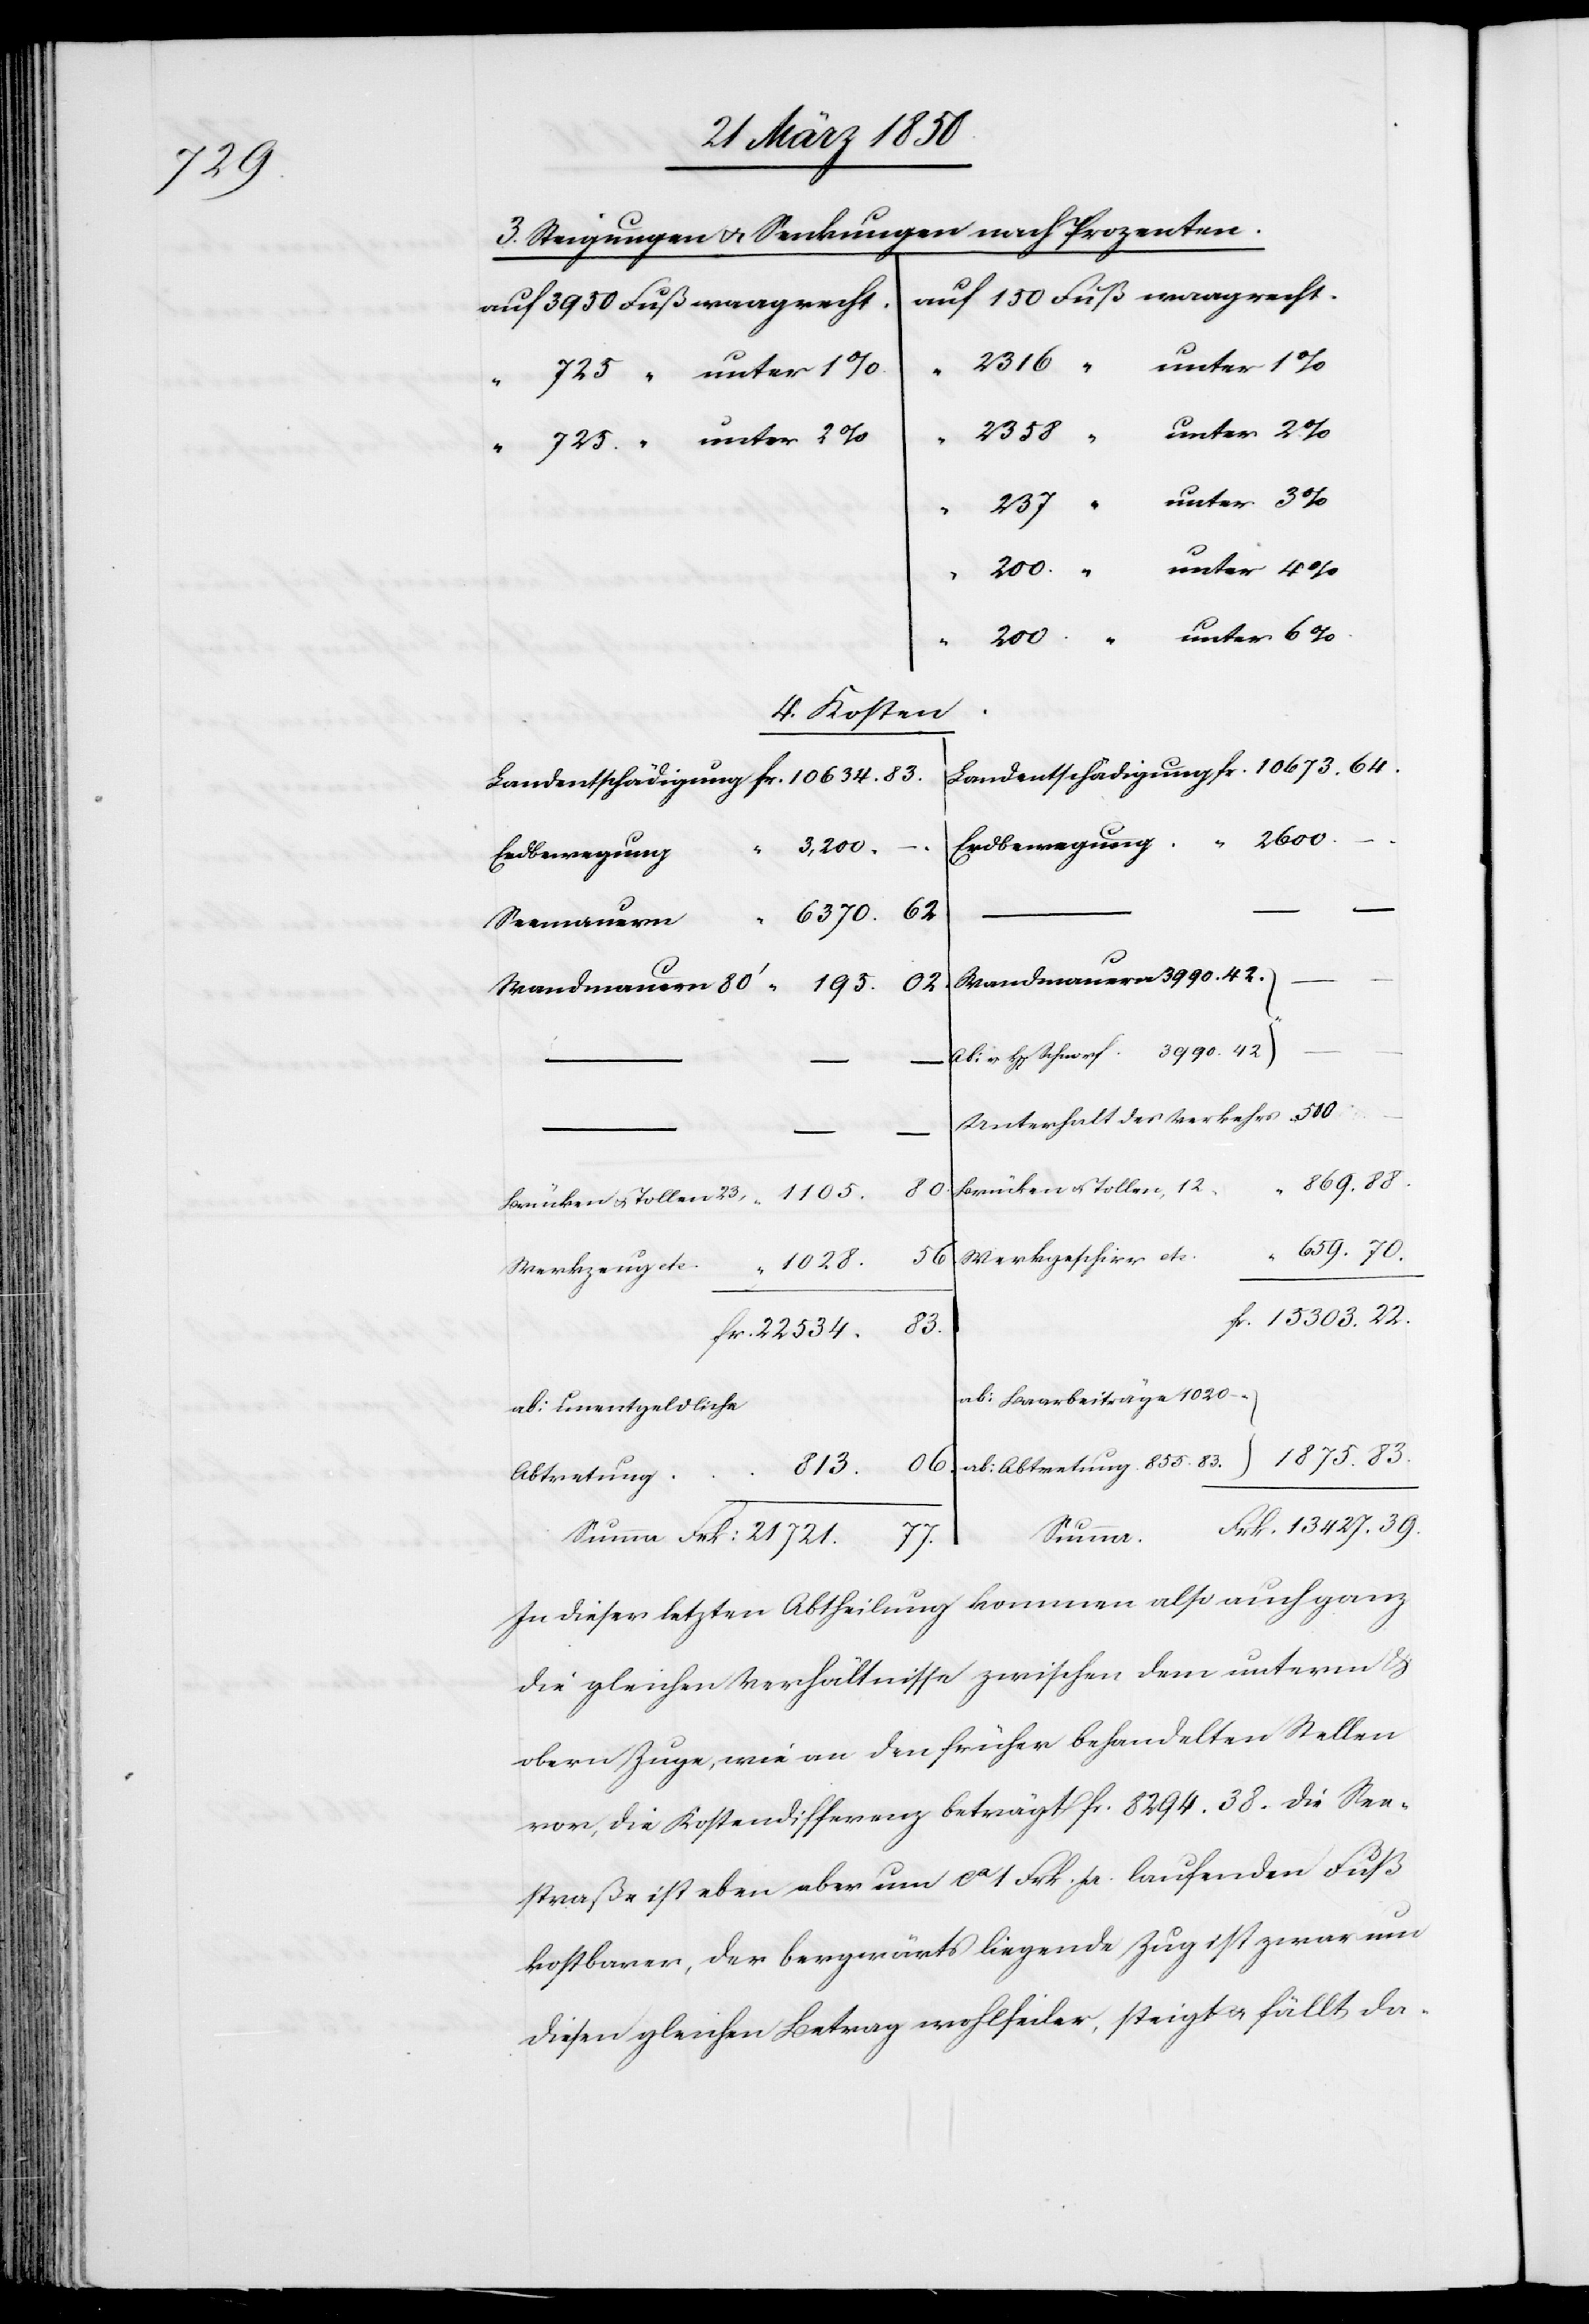
39.

3. Steigungen u. Senkungen nach h Prozenten.
auf 150 Fuß waagrecht.
auf 3950 Fuß waagrecht
“ 2316 “ unter 1
“ 725 “ unter 1
2358 “ unter 2 %
“ 725 “ unter 2 %
237 “ unter 3
“ 200 “ unter 6 %
4. Kosten.
3990.
22.
Erdbewegung
Seemauern
Unterhalt des Verkehrs
855. 83.
Brücken u. Tollen, 12
Brücken u. Tollen 23
Werkgeschirr etc.
06.
1028.
Werkzeug etc.
ab: Baarbeiträge 1020 –
ab: unentgeldliche
Abtretung
In dieser letztern Abtheilung kommen also auch ganz
die gleichen Verhältnisse zwischen dem unterm &
obern Zuge, wie an den früher behandelten Stellen
vor, die Kostendifferenz beträgt fr. 8294. 38. Die See¬
straße ist eben aber um ca 1 Frk. pr. laufenden Fuß
kostbarer, der bergwärts liegende Zug ist zwar um
diesen gleichen Betrag wohlfeiler, steigt u. fällt da-